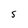
Character: 5